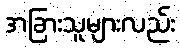
အခြားသူများလည်း